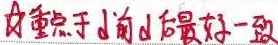
对重点于山前山后最好一致